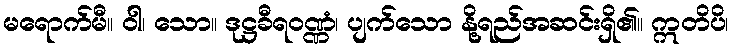
မရောက်မီ။ ဝါ၊ သော။ ဒုဋ္ဌခီရဝဏ္ဏံ၊ ပျက်သော နို့ရည်အဆင်းရှိ၏။ ဣတိပိ၊